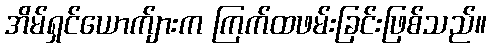
အိမ်ရှင်ယောက်ျားက ကြက်ထဖမ်းခြင်းဖြစ်သည်။